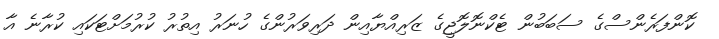
ކޮންފަރެންސްގެ ސަބަބުން ޓެކްނޮލޮޖީގެ ޒަރިއްޔާއިން ދަރިވަރުންގެ ހުނަރު އިތުރު ކުރުމަށްޓަކައި ކުރާނެ އާ